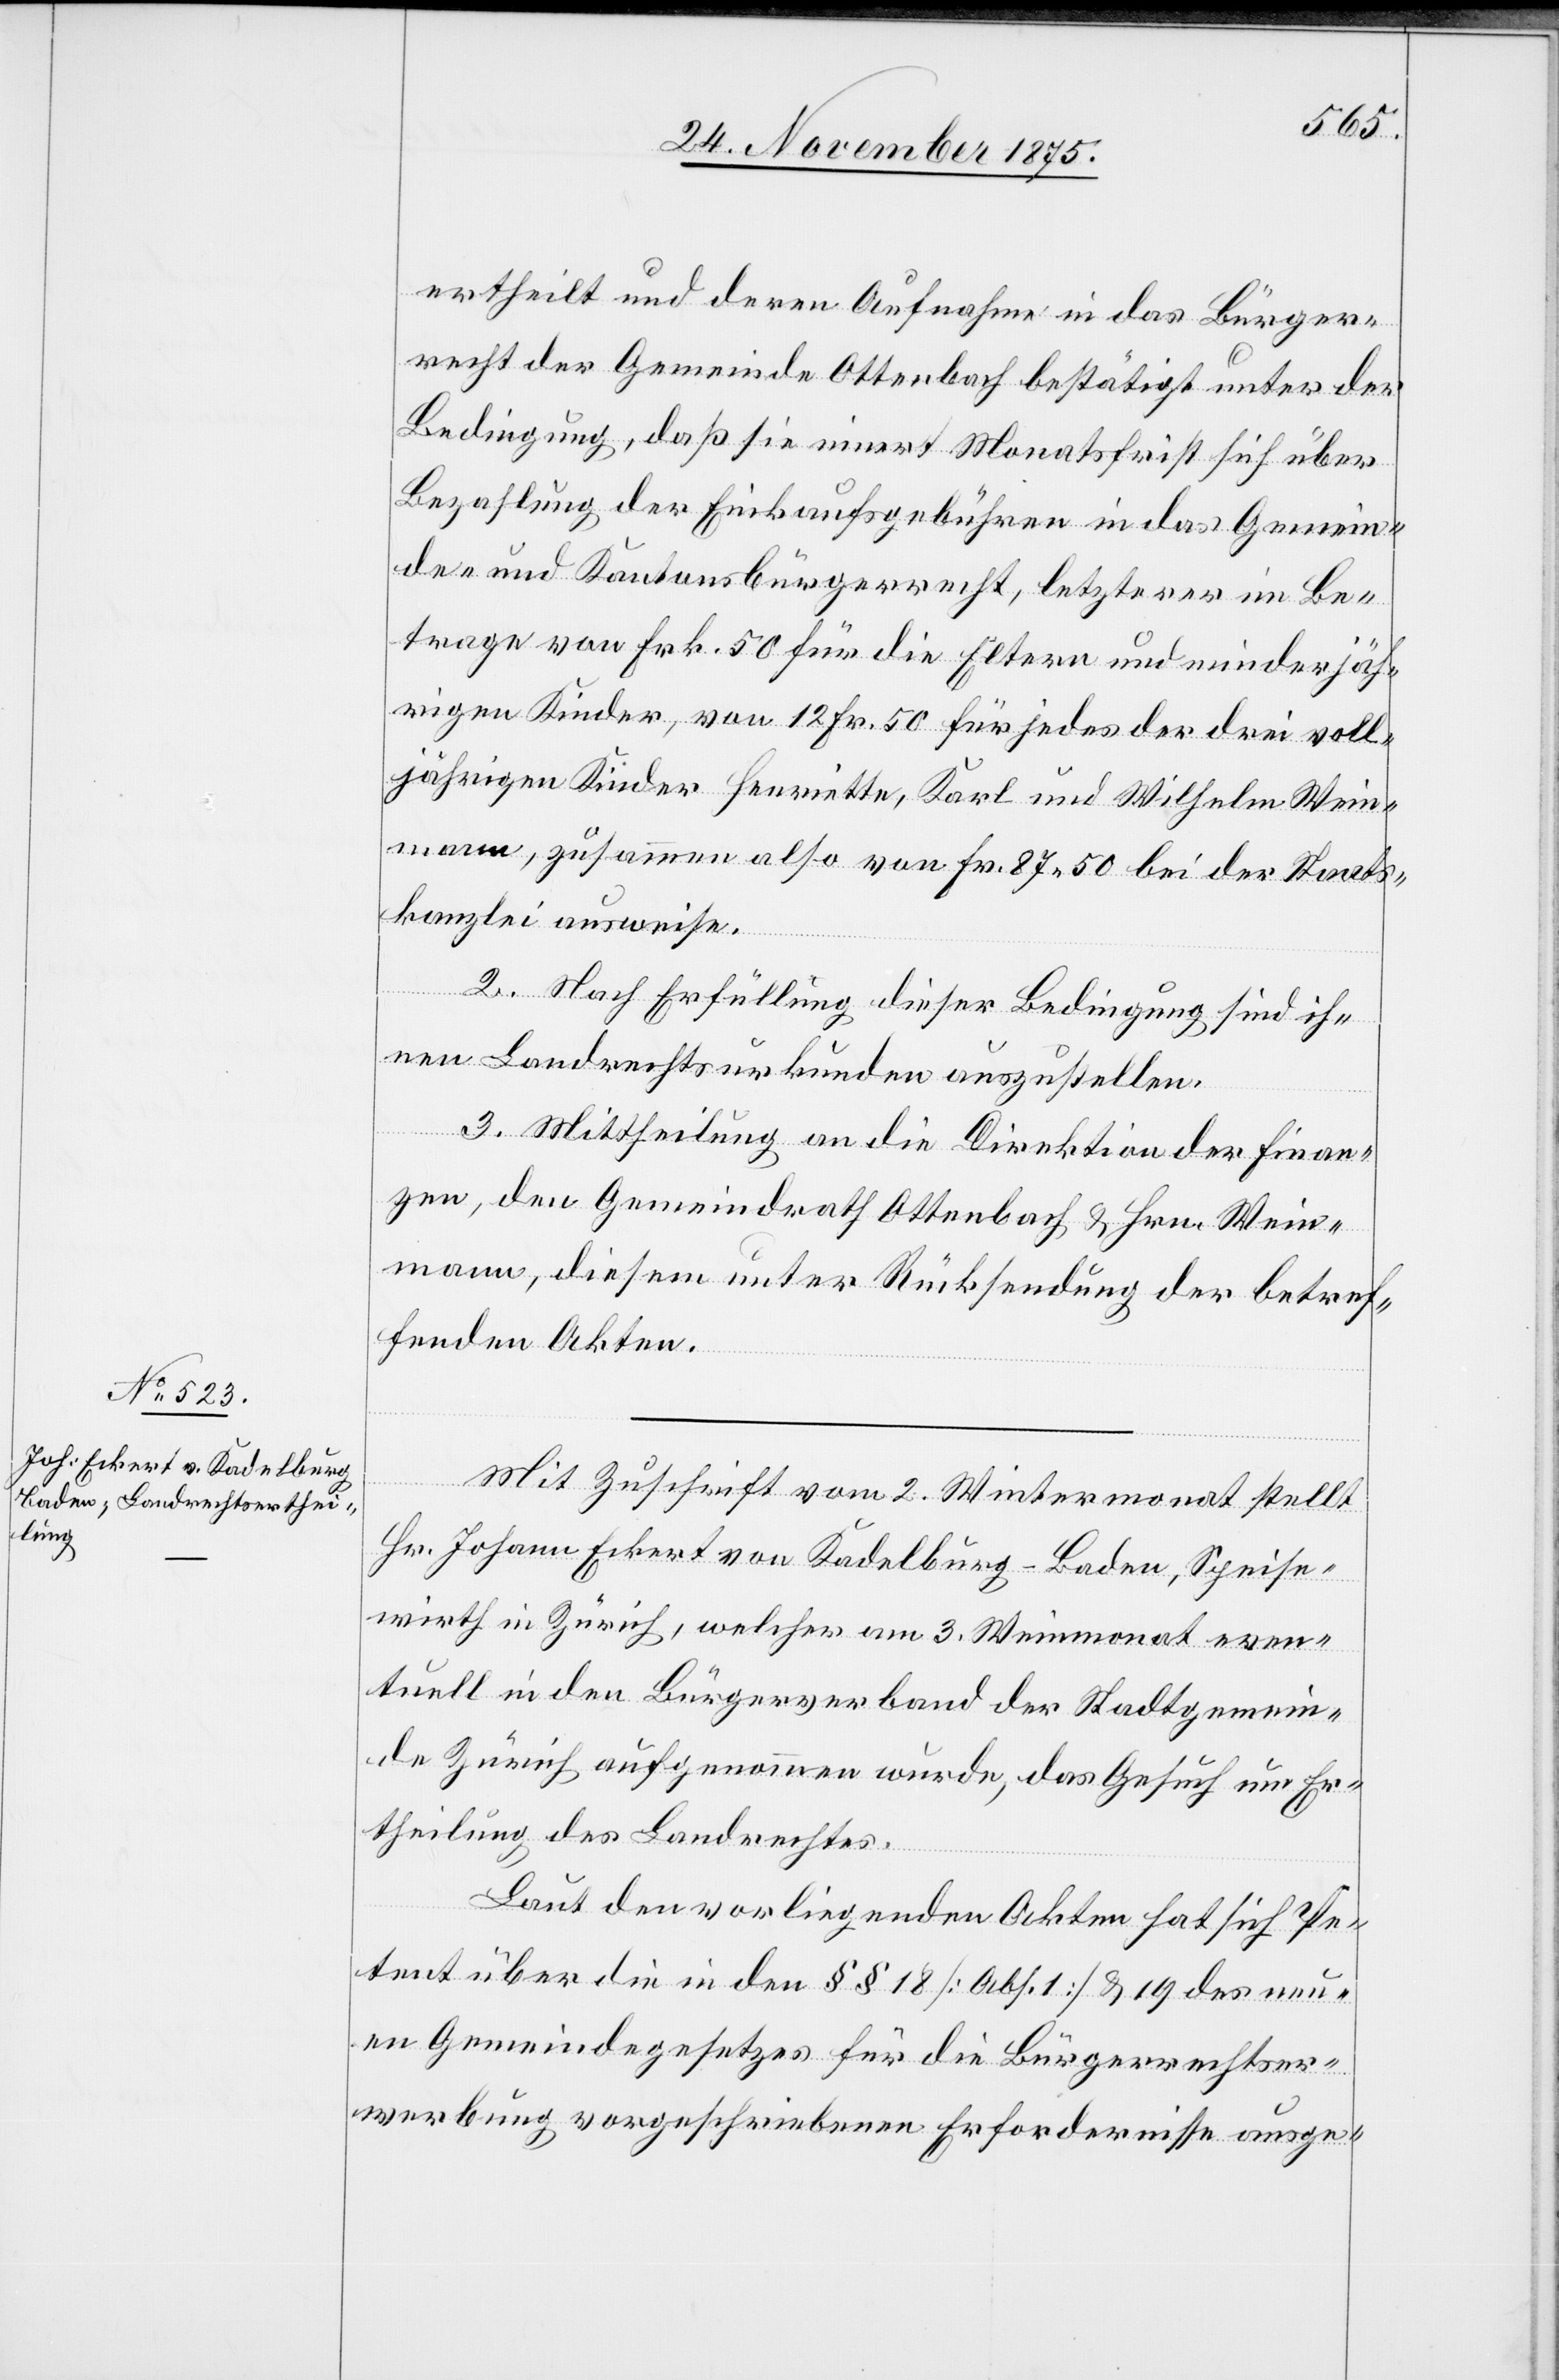
ertheilt und deren Aufnahme in das Bürger¬
recht der Gemeinde Ottenbach bestätigt unter der
Bedingung, daß sie innert Monatsfrist sich über
Bezahlung der Einkaufsgebühren in das Gemein¬
de- und Kantonsbürgerrecht, letzterer im Be¬
trage von Frk. 50 für die Eltern und minderjäh¬
rigen Kinder, von 12 Fr. 50 für jedes der drei voll¬
jährigen Kinder Henriette, Karl und Wilhelm Wein¬
mann, zusammen also von Fr. 87 50 bei der Staats¬
kanzlei ausweise.
2. Nach Erfüllung dieser Bedingung sind ih¬
nen Landrechtsurkunden auszustellen.
3. Mittheilung an die Direktion der Finan¬
zen, den Gemeindrath Ottenbach & Hrn. Wein¬
mann, diesem unter Rücksendung der betref¬
fenden Akten.